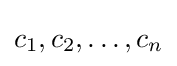
c_{1},c_{2},\dots ,c_{n}